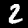
Label: 2